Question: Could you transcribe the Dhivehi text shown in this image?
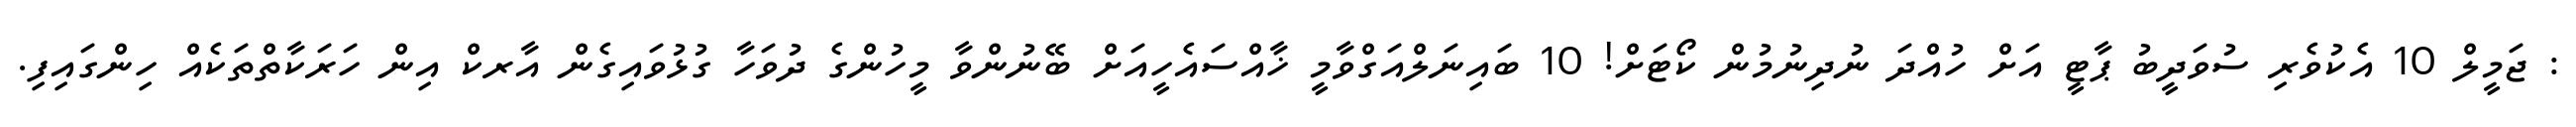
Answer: : ޖަމީލް 10 އެކުވެރި ސުވަދީބު ޕާޓީ އަށް ހުއްދަ ނުދިނުމުން ކޯޓަށް! 10 ބައިނަލްއަގްވާމީ ޚާއްސައެހީއަށް ބޭނުންވާ މީހުންގެ ދުވަހާ ގުޅުވައިގެން އާރކް އިން ހަރަކާތްތަކެއް ހިންގައިފި.